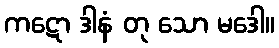
ကဋော ဒါနံ တု သော မဒေါ။